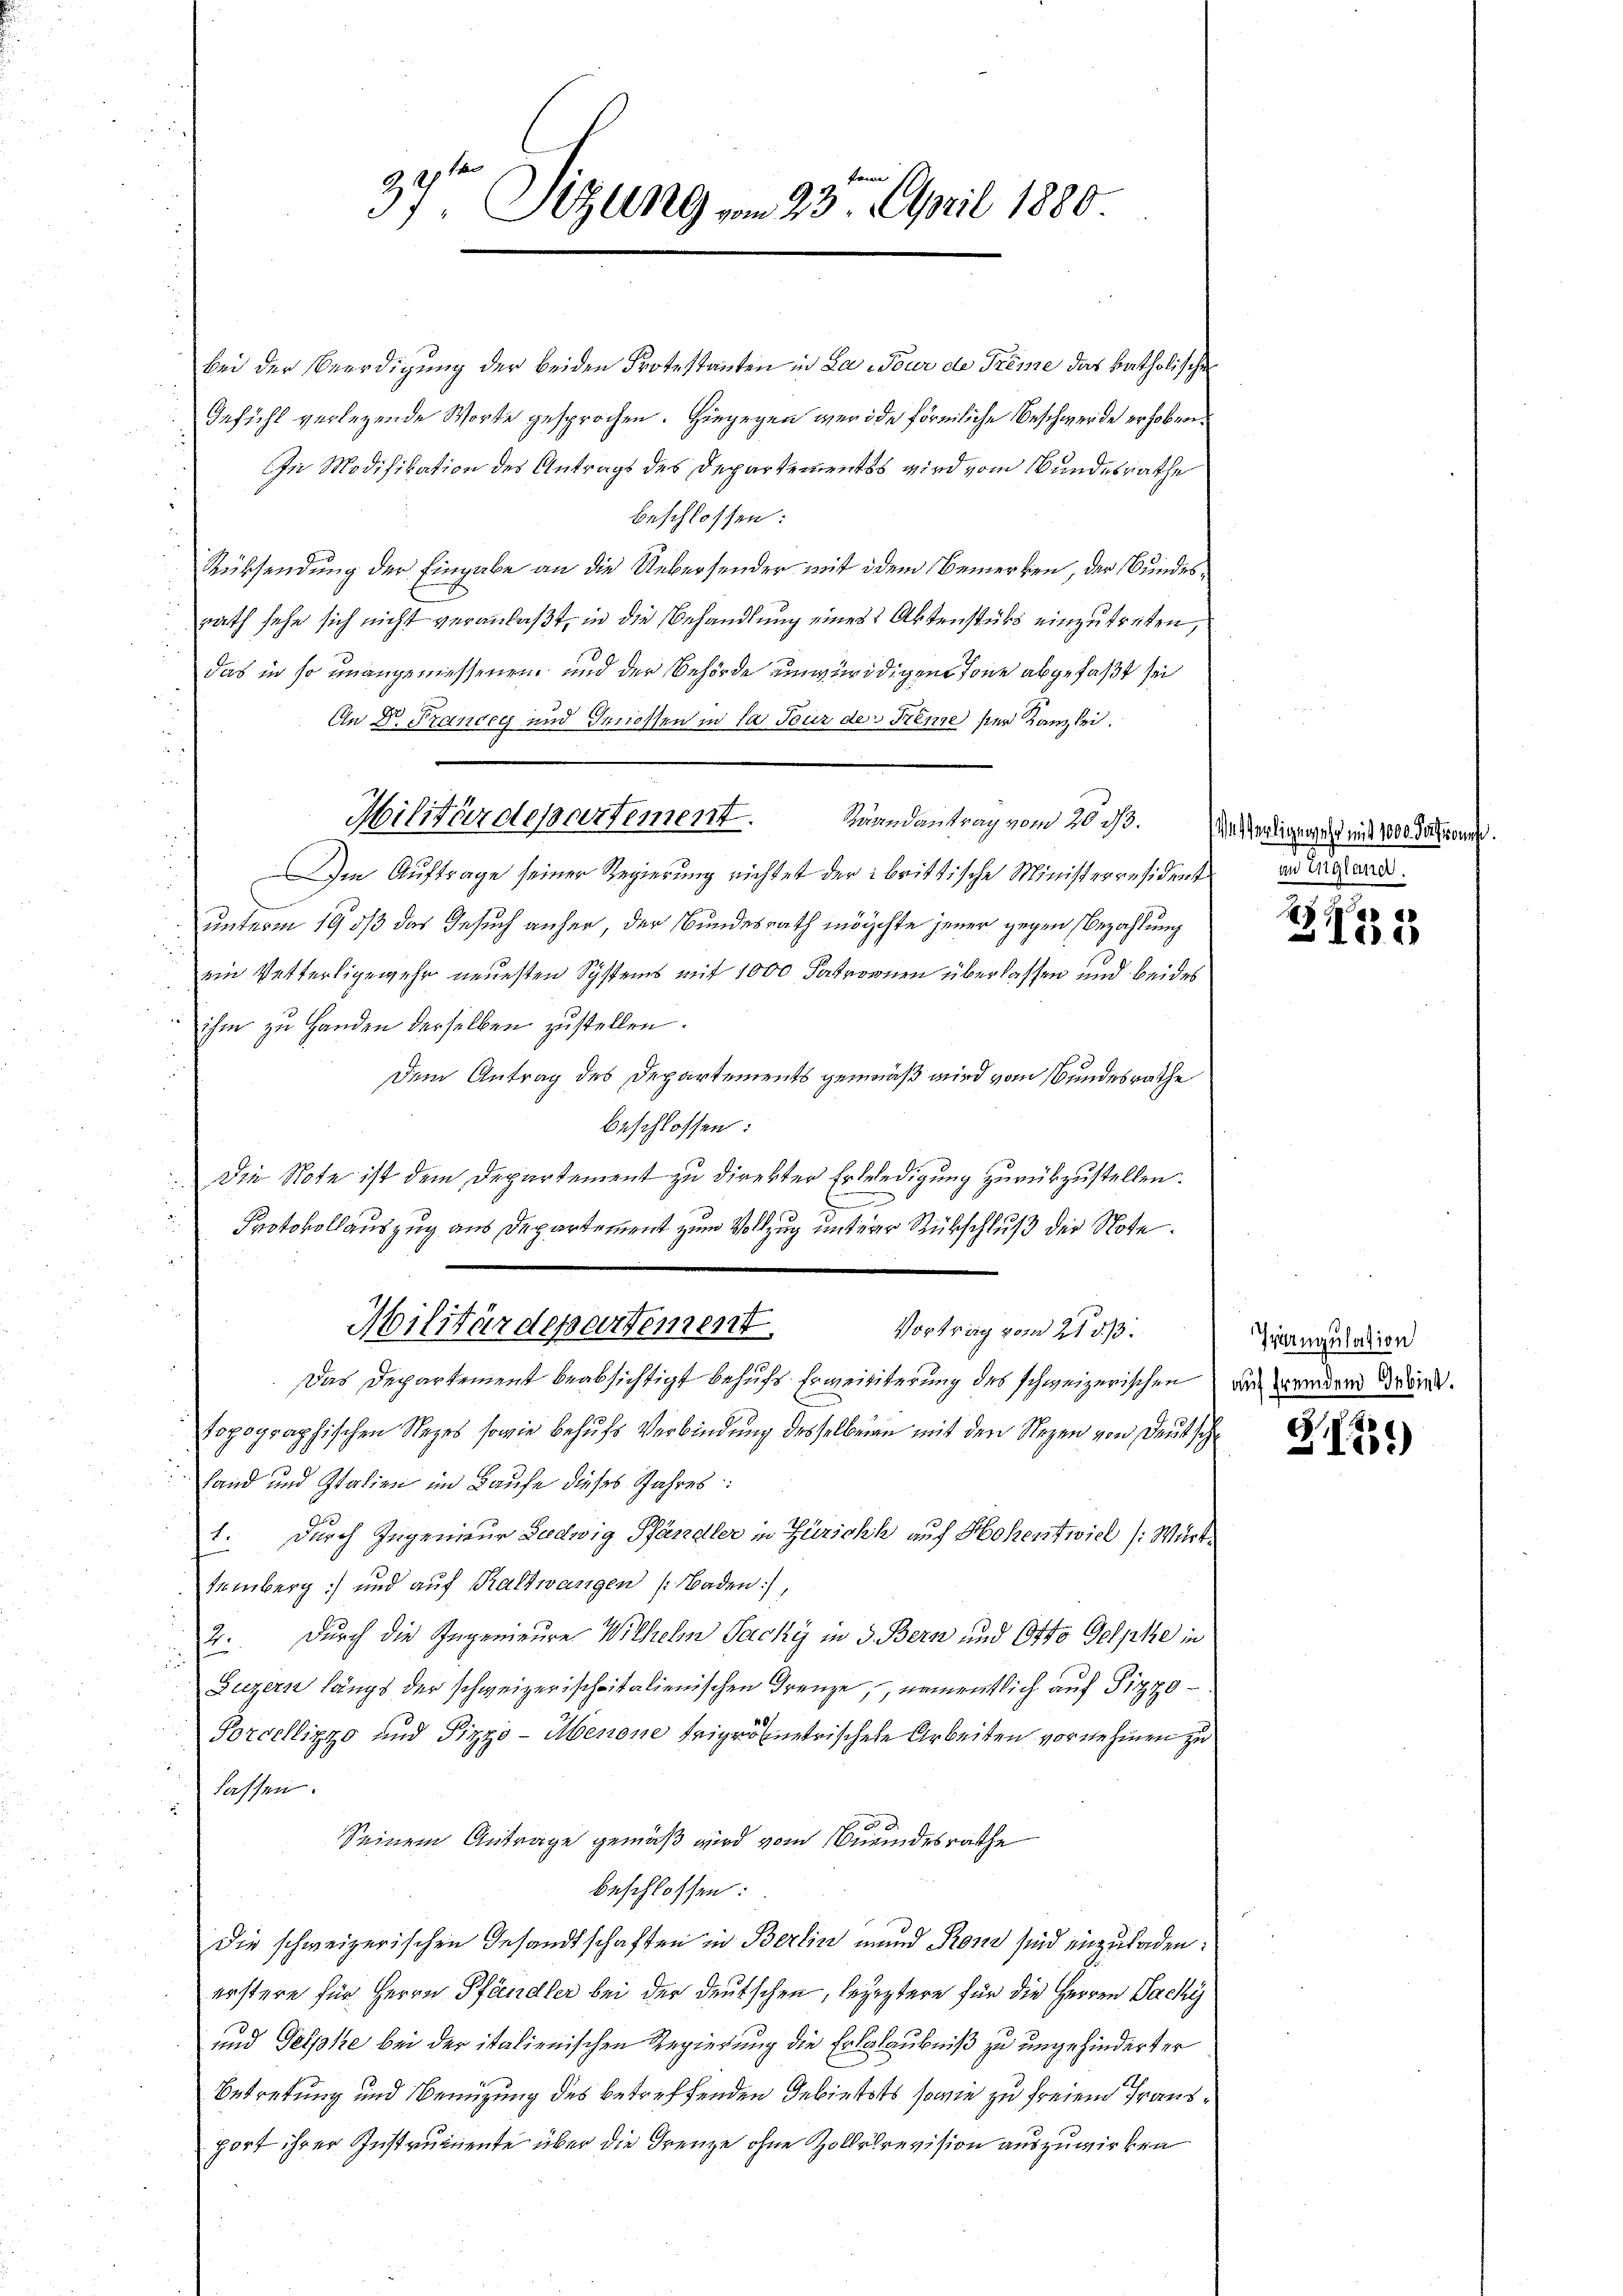
37ten Sitzung vom 23. April 1880.

bei der Beerdigung der beiden Protestanten in La-Tour de Trême das katholischen
Gefühl verlegende Worte gesprochen. Hingegen werde förmliche Beschwerde erhoben.
In Modifikation des Antrags des Departementss wird vom Bundesrathe
beschlossen:
Rücksendung der Eingabe an die Uebersender mit dem Bemerken, der Bundesrath sehe sich nicht veranlaßt, in die Behandlung eines Aktenstüks einzutreten,
das in so unangemessenen und der Behörde eingerödigen Tone abgefaßt sei
An Dr. Francy und Genossen in la Tour der Frenze ser Kanzlei.
Raandantrag vom 20. 33.
Im Auftrage seiner Regierung richtet der brittische Ministerresident
unterm 19 dß das Gesuch anher, der Bundesrath möchte jener gegen Bezahlung
ein Vetterligewehr neuesten Systems mit 1000 Patronen überlassen und beides
ihm zu Handen derselben zustellen.
Dem Antrag des Departements gemäß wird vom Bundesrathe
beschlossen:
Die Note ist dem Departement zu direkter Erbeledigung zurükzustellen.
Protokollauszug aus Departement zum Vollzug unterer Rückschluß der Note.
Militärdepartement.
Vortrag vom 21. 513.
Das Departement beabsichtigt behufs Erweititerung des schweizerischen die werden dräntopographischen Neges sowie behufs Verbindung desselben mit den Segen von Deutsch
Land und Italien im Laufe dieses Jahres:
1. Durch Ingenieur Ludwig Pfändler in Züricht auf Hohentwicl /: Württeinberg) und auf Kaltwangen (Baden),
2. Durch die Ingenieure Wilheln Sacky in 3. Bern und Otto Gelpke in
Luzern längs der schweizerischpitalienischen Grenze, namentlich auf Pizzo
Porcellizzo und Pizzo-Menone Teigrometrischere Arbeiten vornehmen zu
lassen.
Seinem Antrage gemäß wird vom Beeindesrathe
beschlossen:
Die schweizerischen Gesandtschaften in Berlin mund Rono sind einzuladen:
erstere für Herrn Pfändler bei der deutschen, beseztere für die Herren Packy
und Gelpke bei der italienischen Regierung die Erkalaubniß zu ungehinderter
Betretung und Benützung des betreffenden Gebietets sowie zu freiem Frausport ihrer Instrumente über die Grenze ohne Zollirevision auszuwirken

Militärdepartement.

Waendigen sehr mit 1000 Patrone
Sitten.

H
3755

Pingulation

S.25)